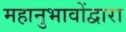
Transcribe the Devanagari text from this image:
महानुभावोंद्वारा